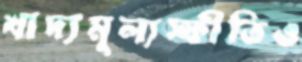
খাদ্যমূল্যস্ফীতিও